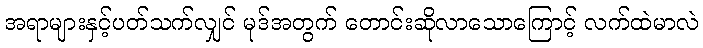
အရာများနှင့်ပတ်သက်လျှင် မုဒ်အတွက် တောင်းဆိုလာသောကြောင့် လက်ထဲမာလဲ